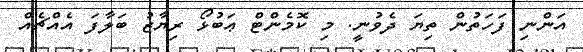
އަންނި ފަހަތުން ތިޔަ ދެވުނީ. މި ކޮމެންޓް ޢަބުޅޯ ރިޔާޒު ބަލާފަ އެއްޗެއް